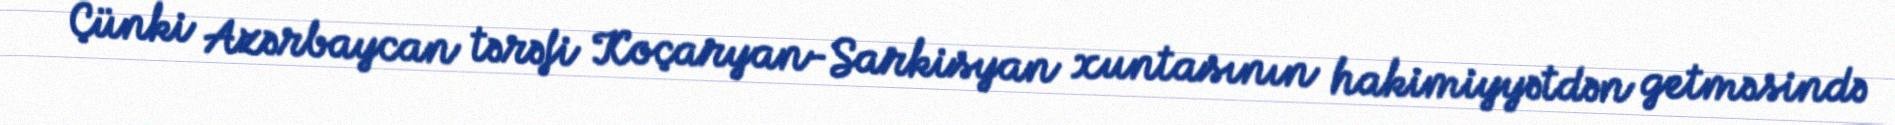
Çünki Azərbaycan tərəfi Koçaryan-Sarkisyan xuntasının hakimiyyətdən getməsində